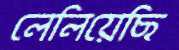
লেলিয়েছি